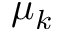
\mu _ { k }